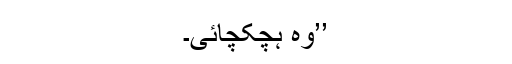
’’وہ ہچکچائی۔